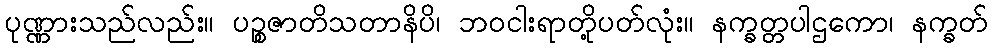
ပုဏ္ဏားသည်လည်း။ ပဉ္စဇာတိသတာနိပိ၊ ဘဝငါးရာတို့ပတ်လုံး။ နက္ခတ္တပါဌကော၊ နက္ခတ်